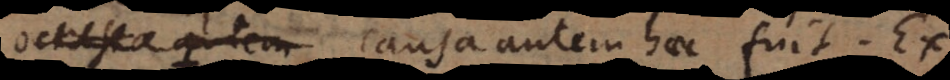
causa autem haec fuit. Ex